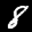
Label: 8